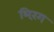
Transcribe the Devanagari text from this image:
भिरंग